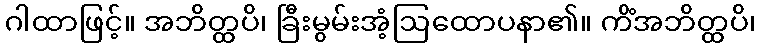
ဂါထာဖြင့်။ အဘိတ္ထပိ၊ ခြီးမွမ်းအံ့ဩထောပနာ၏။ ကိံအဘိတ္ထပိ၊